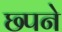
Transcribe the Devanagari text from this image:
छ्पने